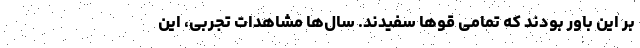
بر این باور بودند که تمامی قوها سفیدند. سال‌ها مشاهدات تجربی، این